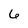
Character: 6